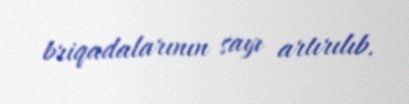
briqadalarının sayı artırılıb.